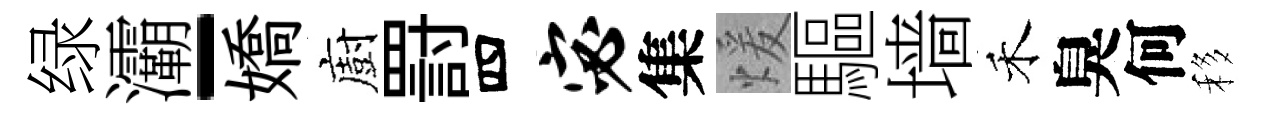
绿灞-嬌廚罸四宓集煖驅墙禾臭何移